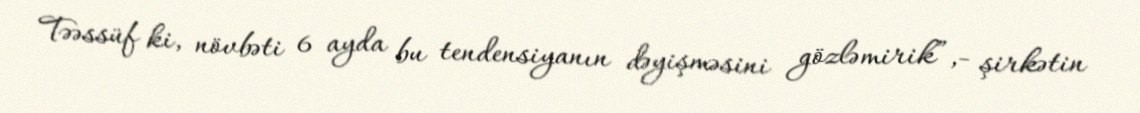
Təəssüf ki, növbəti 6 ayda bu tendensiyanın dəyişməsini gözləmirik”,- şirkətin